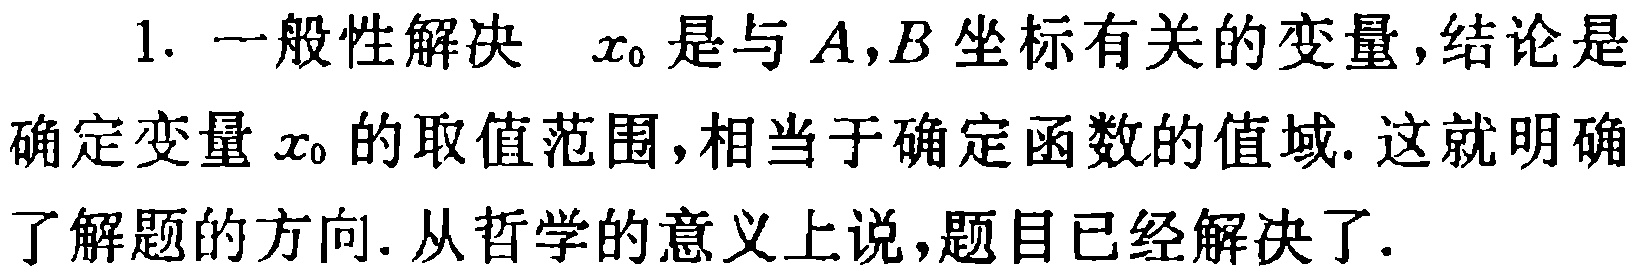
1. 一般性解决 $x_0$是与$A,B$坐标有关的变量,结论是确定变量$x_0$的取值范围,相当于确定函数的值域. 这就明确了解题的方向. 从哲学的意义上说,题目已经解决了.